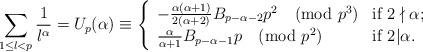
LaTeX: \begin{align*}\sum\limits_{1 \le l < p}{\frac{1}{l^{\alpha}}}=U_{p}(\alpha) \equiv \left\{ \begin{array}{ll} -\frac{\alpha(\alpha+1)}{2(\alpha+2)}B_{p-\alpha-2}p^2 \pmod{p^3} & \textrm{if $2 \nmid \alpha$;} \\ \frac{\alpha}{\alpha+1}B_{p-\alpha-1}p \pmod{{{p}^{2}}} & \textrm{if $2 | \alpha$.}\end{array} \right.\end{align*}